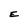
Character: E